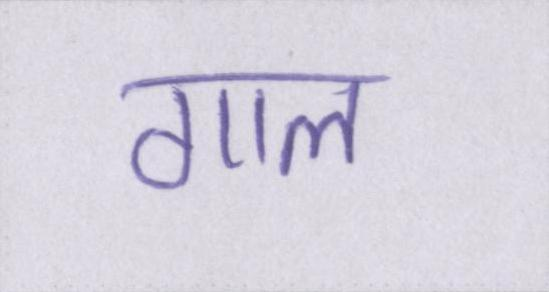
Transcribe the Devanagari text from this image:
गाल